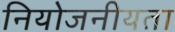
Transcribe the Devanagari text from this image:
नियोजनीयता